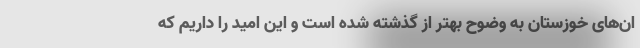
ان‌های خوزستان به وضوح بهتر از گذشته شده است و این امید را داریم که